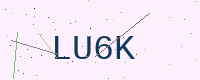
Text: LU6K